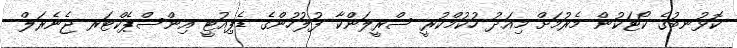
ކޮޅުނބުގެ ކޯޓަކުން މެރުމަށް މިއަދު ހުކުމްކުރީ ސްރީލަންކާ ފުލުހުންގެ ޑެޕިއުޓީ އިންސްޕެކްޓަރ ޖެނެރަލް